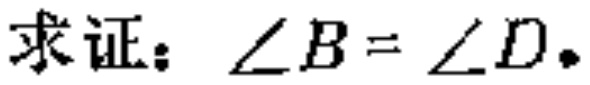
求证：$\angle B = \angle D$.